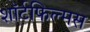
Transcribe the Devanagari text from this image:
शॉर्टफिल्मस